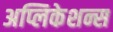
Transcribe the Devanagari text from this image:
अप्लिकेशन्स